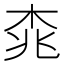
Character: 𣑯